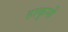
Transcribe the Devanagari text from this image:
हाकुमी